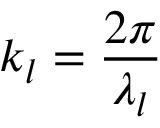
k _ { l } = \frac { 2 \pi } { \lambda _ { l } }